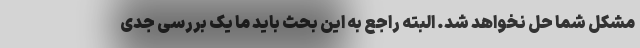
مشکل شما حل نخواهد شد. البته راجع به این بحث باید ما یک بررسی جدی